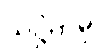
သဋ္ဌိကမှိ